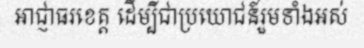
អាជ្ញាធរខេត្ត ដើម្បីជាប្រយោជន៍រួមទាំងអស់